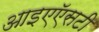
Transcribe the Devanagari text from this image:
आइएऍसटी